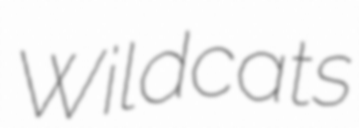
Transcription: Wildcats